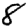
Digit: 8